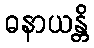
ဓနာယန္တိ